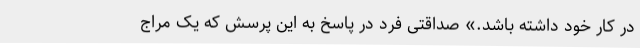
در کار خود داشته باشد.» صداقتی فرد در پاسخ به این پرسش که یک مراج